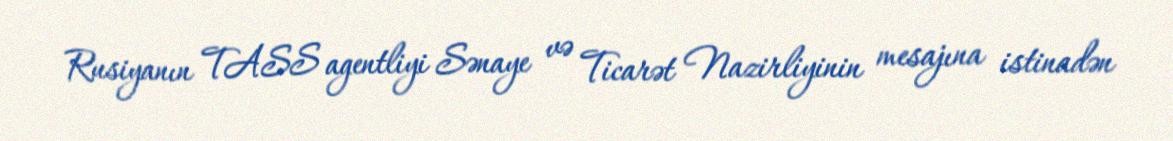
Rusiyanın TASS agentliyi Sənaye və Ticarət Nazirliyinin mesajına istinadən